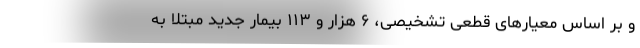
و بر اساس معیارهای قطعی تشخیصی، ۶ هزار و ۱۱۳ بیمار جدید مبتلا به